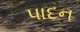
પાદન